画像に写った文字を読んでください
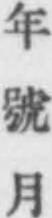
「年號月」と書いてあります